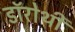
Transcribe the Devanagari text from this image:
डॉरोथी